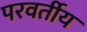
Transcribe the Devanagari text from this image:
परवर्तीय